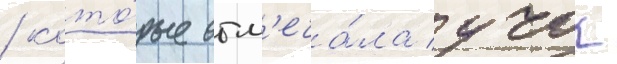
/ кото́рые отм'еча́ла учок